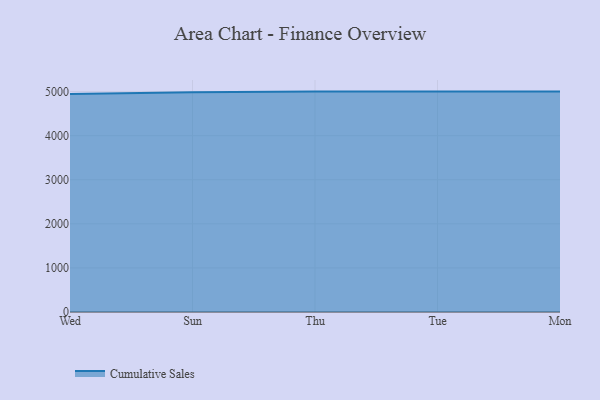
{"axis": {"x": "Day", "y": "Revenue (USD Million)"}, "legend": ["Cumulative Sales"], "data": [{"x": "Wed", "y": 4947.1, "type": "Cumulative Sales"}, {"x": "Sun", "y": 4986.2, "type": "Cumulative Sales"}, {"x": "Thu", "y": 5000, "type": "Cumulative Sales"}, {"x": "Tue", "y": 5000, "type": "Cumulative Sales"}, {"x": "Mon", "y": 5000, "type": "Cumulative Sales"}]}